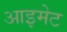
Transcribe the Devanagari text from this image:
आइमेट